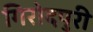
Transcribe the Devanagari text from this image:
गिरोदपुरी